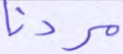
مردنا